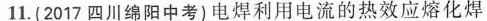
11.(2017四川绵阳中考)电焊利用电流的热效应熔化焊